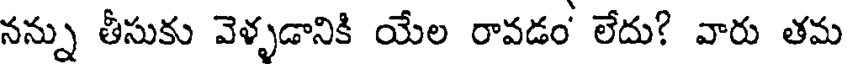
నన్ను తీసుకు వెళ్ళడానికి యేల రావడం' లేదు? వారు తమ